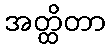
အတ္ထိတာ